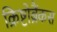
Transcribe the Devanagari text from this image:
क्रिष्टोब्रैंकस